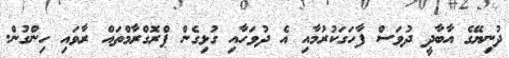
ދުނިޔޭގެ އާބާދީ ދުވަސް ފާހަގަކުރުމާއި އެ ދުވަހާއި ގުޅިގެން ޕްރޮގްރާމްތައް ރާވައި ހިންގުން.